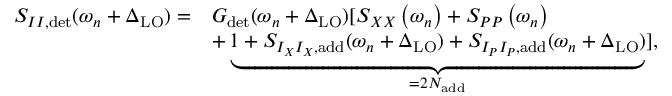
\begin{array} { r l } { S _ { I I , \mathrm { d e t } } ( \omega _ { n } + \Delta _ { \mathrm { L O } } ) = } & { G _ { \mathrm { d e t } } ( \omega _ { n } + \Delta _ { \mathrm { L O } } ) [ S _ { X X } \left( \omega _ { n } \right) + S _ { P P } \left( \omega _ { n } \right) } \\ & { + \underbrace { 1 + S _ { I _ { X } I _ { X } , \mathrm { a d d } } ( \omega _ { n } + \Delta _ { \mathrm { L O } } ) + S _ { I _ { P } I _ { P } , \mathrm { a d d } } ( \omega _ { n } + \Delta _ { \mathrm { L O } } ) } _ { = 2 N _ { \mathrm { a d d } } } ] , } \end{array}